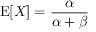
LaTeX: \operatorname { E } [ X ] = { \frac { \alpha } { \alpha + \beta } }